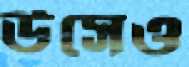
উসেও